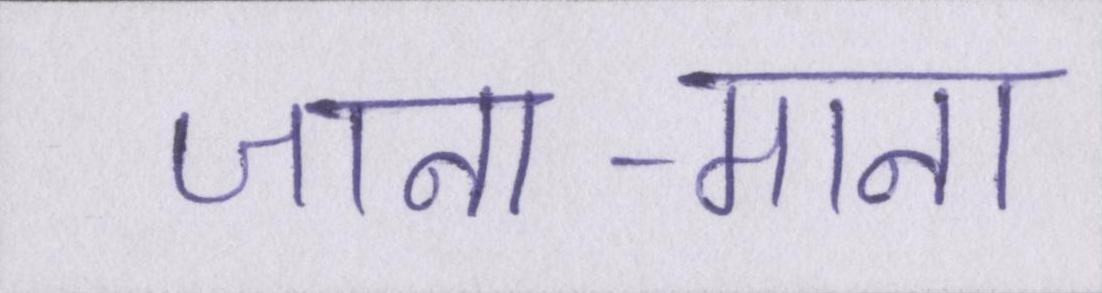
जाना-माना